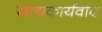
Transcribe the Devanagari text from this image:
सत्यकार्यवाद